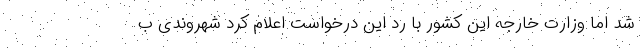
شد اما وزارت خارجه این کشور با رد این درخواست اعلام کرد شهروندی ب